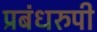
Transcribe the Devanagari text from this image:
प्रबंधरुपी